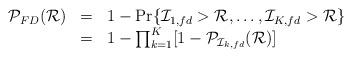
LaTeX: \begin{align*}\begin{array}{lll}\mathcal{P}_{FD}(\mathcal{R})&=&1- \Pr \{\mathcal{I}_{1,fd}>\mathcal{R},\dots,\mathcal{I}_{K,fd}>\mathcal{R}\}\\&=&1-\prod_{k=1}^K [1-\mathcal{P}_{\mathcal{I}_{k,fd}}(\mathcal{R})]\end{array}\end{align*}